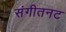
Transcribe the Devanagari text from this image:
संगीतनट